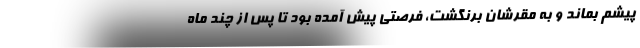
پیشم بماند و به مقرّشان برنگشت، فرصتی پیش آمده بود تا پس از چند ماه